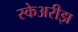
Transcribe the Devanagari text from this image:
स्केअरीझ